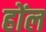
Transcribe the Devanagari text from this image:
होंल